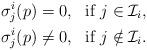
LaTeX: \begin{align*}\sigma^i_j(p) &=0,\,\,\textrm{ if }j\in\mathcal{I}_i, \\\sigma^i_j(p) &\neq0,\,\,\textrm{ if }j\notin\mathcal{I}_i.\end{align*}